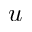
u